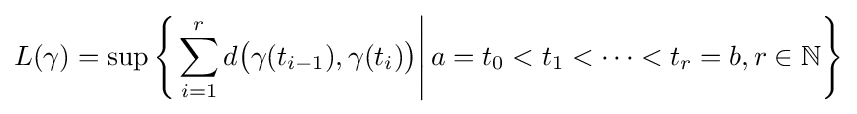
L(\gamma )=\sup \left\{\left.\sum _{i=1}^{r}d{\big (}\gamma (t_{i-1}),\gamma (t_{i}){\big )}\right|a=t_{0}<t_{1}<\cdots <t_{r}=b,r\in \mathbb {N} \right\}